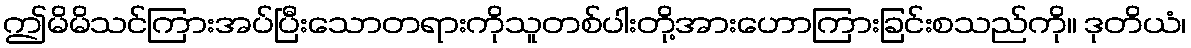
ဤမိမိသင်ကြားအပ်ပြီးသောတရားကိုသူတစ်ပါးတို့အားဟောကြားခြင်းစသည်ကို။ ဒုတိယံ၊